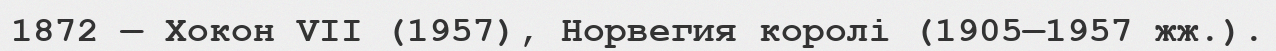
1872 — Хокон VII (1957), Норвегия королі (1905—1957 жж.).